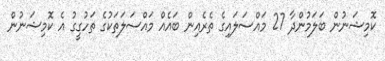
ކޮމިޝަނުން ބަލަމުންދާ 27 މައްސަލައިގެ ތެރެއިން ބައެއް މައްސަލަތަކުގެ ތަހުގީގު އެ ކޮމިޝަނުން